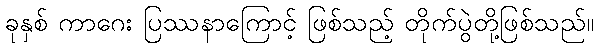
ခုနှစ် ကာဂေး ပြဿနာကြောင့် ဖြစ်သည့် တိုက်ပွဲတို့ဖြစ်သည်။